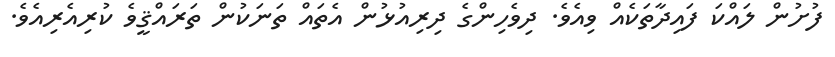
ފުށުން ލައްކަ ފައިދާތަކެއް ވިއެވެ. ދިވެހިންގެ ދިރިއުޅުން އެތައް ތަނަކުން ތަރައްޤީވެ ކުރިއެރިއެވެ.